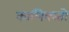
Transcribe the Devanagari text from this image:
कालिक्स्तो